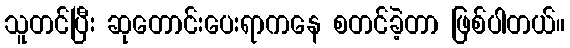
သူတင်ပြီး ဆုတောင်းပေးရာကနေ စတင်ခဲ့တာ ဖြစ်ပါတယ်။